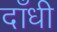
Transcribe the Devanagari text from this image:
दाँधी